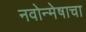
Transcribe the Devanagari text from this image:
नवोन्मेषाचा